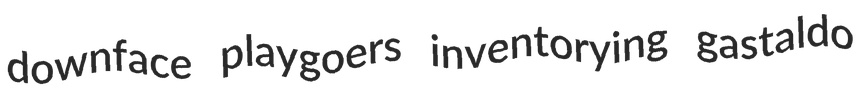
downface playgoers inventorying gastaldo